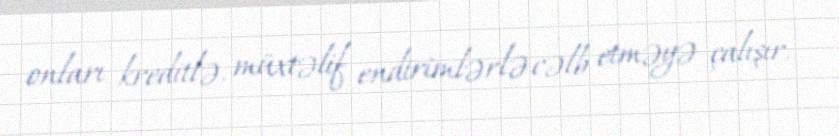
onları kreditlə, müxtəlif endirimlərlə cəlb etməyə çalışır.